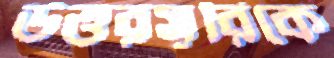
উত্তরসূরিকে